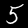
Digit: 5